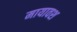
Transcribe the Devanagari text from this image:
मायावश